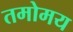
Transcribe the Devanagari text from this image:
तमोमय